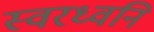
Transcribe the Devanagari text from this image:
स्वरध्वनि